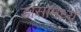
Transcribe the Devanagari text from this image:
डांसामध्ये